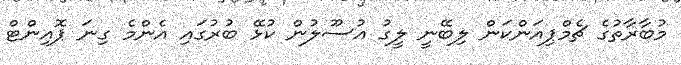
މުބާރާތުގެ ޗެމްޕިއަންކަން ލިބޭނީ ލީގު އުސޫލުން ކުޅޭ ބުރުގައި އެންމެ ގިނަ ޕޮއިންޓް